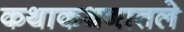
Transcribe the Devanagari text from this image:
कथाकथनातले